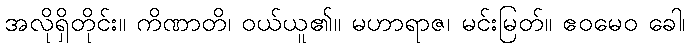
အလိုရှိတိုင်း။ ကိဏာတိ၊ ဝယ်ယူ၏။ မဟာရာဇ၊ မင်းမြတ်။ ဧဝမေဝ ခေါ၊